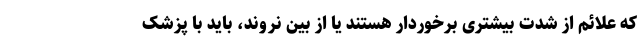
که علائم از شدت بیشتری برخوردار هستند یا از بین نروند، باید با پزشک